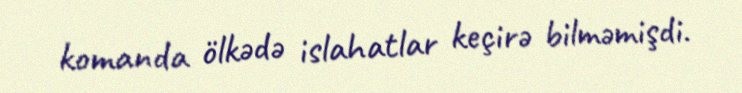
komanda ölkədə islahatlar keçirə bilməmişdi.